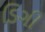
ડિગી